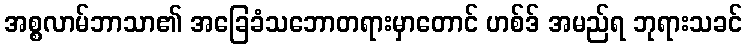
အစ္စလာမ်ဘာသာ၏ အခြေခံသဘောတရားမှာတောင် ဟစ်ဒ် အမည်ရ ဘုရားသခင်